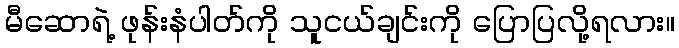
မီဆောရဲ့ ဖုန်းနံပါတ်ကို သူငယ်ချင်းကို ပြောပြလို့ရလား။